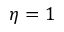
\eta = 1